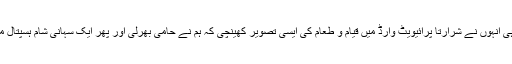
" اس کے ساتھ ہی انہوں نے شرارتاً پرائیویٹ وارڈ میں قیام و طعام کی ایسی تصویر کھینچی کہ ہم نے حامی بھرلی اور پھر ایک سہانی شام ہسپتال میں داخل ہوگئے۔